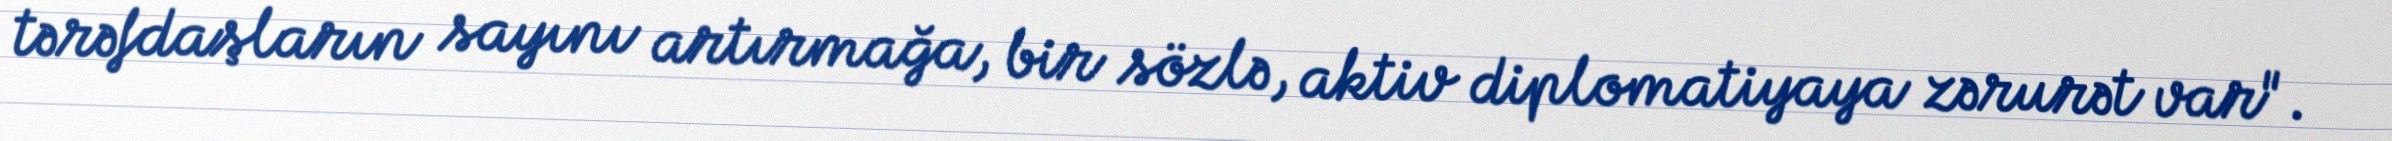
tərəfdaşların sayını artırmağa, bir sözlə, aktiv diplomatiyaya zərurət var".